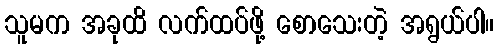
သူမက အခုထိ လက်ထပ်ဖို့ စောသေးတဲ့ အရွယ်ပါ။